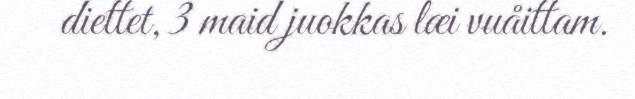
diettet, 3 maid juokkas læi vuåittam.